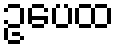
ဥပေထ